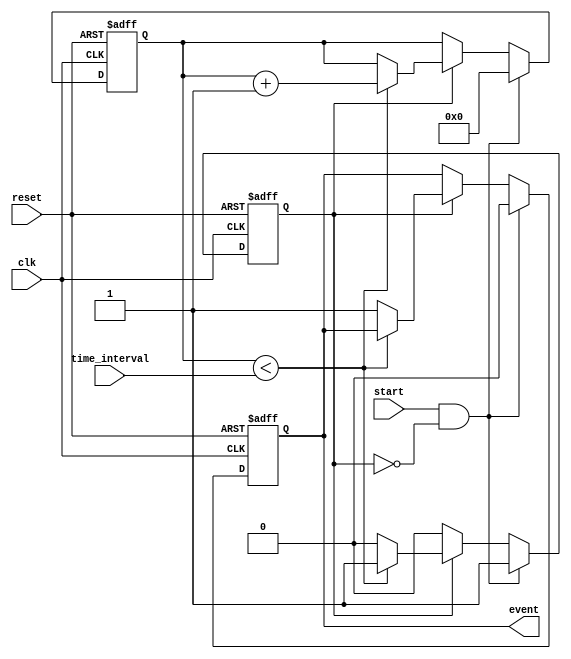
module timer_event_control (
    input wire clk,               // Clock signal
    input wire start,             // Start signal
    input wire reset,             // Reset signal
    input wire [31:0] time_interval, // Time interval in clock cycles
    output reg event              // Event signal
);

    reg [31:0] counter;           // Counter for the timer
    reg timer_running;            // Status of the timer

    // Asynchronous reset and timer control
    always @(posedge clk or posedge reset) begin
        if (reset) begin
            counter <= 0;
            event <= 0;
            timer_running <= 0;
        end else if (start && !timer_running) begin
            counter <= 0;          // Reset counter on start signal
            timer_running <= 1;    // Start the timer
            event <= 0;            // Reset event signal
        end else if (timer_running) begin
            if (counter < time_interval) begin
                counter <= counter + 1; // Increment counter
            end else begin
                event <= 1;         // Trigger event when time interval is reached
                timer_running <= 0; // Stop the timer
            end
        end
    end

    // Optionally, you can add logic to clear the event signal after a certain duration
    // or based on another condition, depending on your design requirements.
    
endmodule